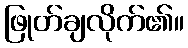
ဖြုတ်ချလိုက်၏။